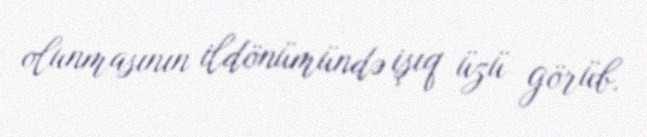
olunmasının ildönümündə işıq üzü görüb.